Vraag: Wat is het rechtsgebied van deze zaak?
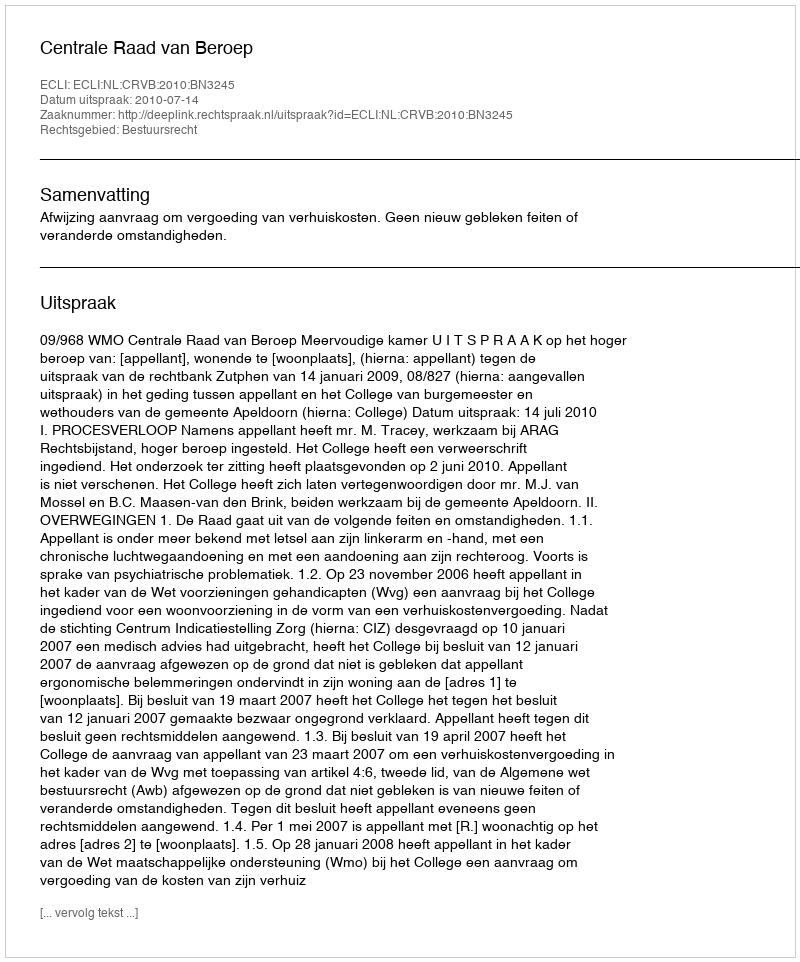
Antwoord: Bestuursrecht